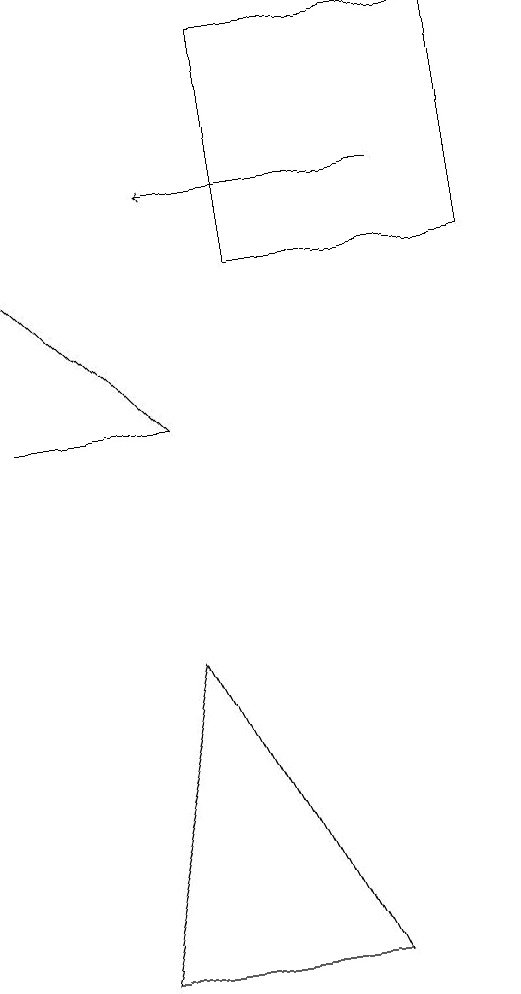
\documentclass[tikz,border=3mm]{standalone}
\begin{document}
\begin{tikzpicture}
\draw[->] (4,12) -- (2,14);
\draw (2,12) rectangle (4,12);
\draw[->] (7,15) -- (4,15);
\draw (5,17) rectangle (8,14);
\draw (6,5) -- (4,9) -- (3,5) -- cycle;
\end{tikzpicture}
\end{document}